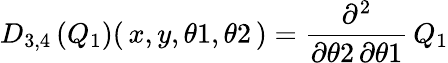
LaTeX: {{D}_{3,4}}\left(\! \, {{Q}_{1}}\, \! \right)(\, {x},{y},{\theta 1},{\theta 2}\, )={\frac{{\partial}^{2}}{{\partial}{\theta 2}\, {\partial}{\theta 1}}}\, {{Q}_{1}}